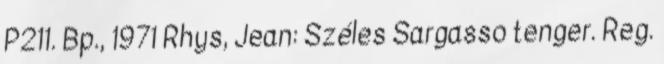
P211. Bp., 1971 Rhys, Jean: Széles Sargasso tenger. Reg.